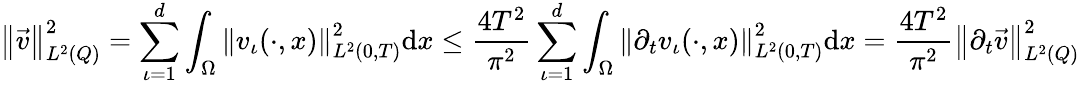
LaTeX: {\left\lVert{\vec{v}}\right\rVert}_{L^{2}(Q)}^{2}=\sum_{\iota=1}^{d}\int_{\Omega}{\left\lVert{v_{\iota}(\cdot,x)}\right\rVert}_{L^{2}(0,T)}^{2}\mathrm dx\leq\frac{4T^{2}}{\pi^{2}}\sum_{\iota=1}^{d}\int_{\Omega}{\left\lVert{\partial_{t}v_{\iota}(\cdot,x)}\right\rVert}_{L^{2}(0,T)}^{2}\mathrm dx=\frac{4T^{2}}{\pi^{2}}{\left\lVert{\partial_{t}\vec{v}}\right\rVert}_{L^{2}(Q)}^{2}